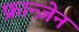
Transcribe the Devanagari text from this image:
फ्रान्ज़ेन